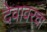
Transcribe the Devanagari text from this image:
देवावरचा